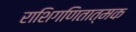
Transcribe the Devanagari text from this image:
राशिगणितात्मक